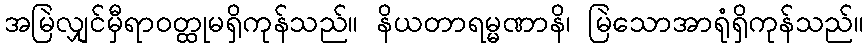
အမြဲလျှင်မှီရာဝတ္ထုမရှိကုန်သည်။ နိယတာရမ္မဏာနိ၊ မြဲသောအာရုံရှိကုန်သည်။